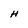
Character: H